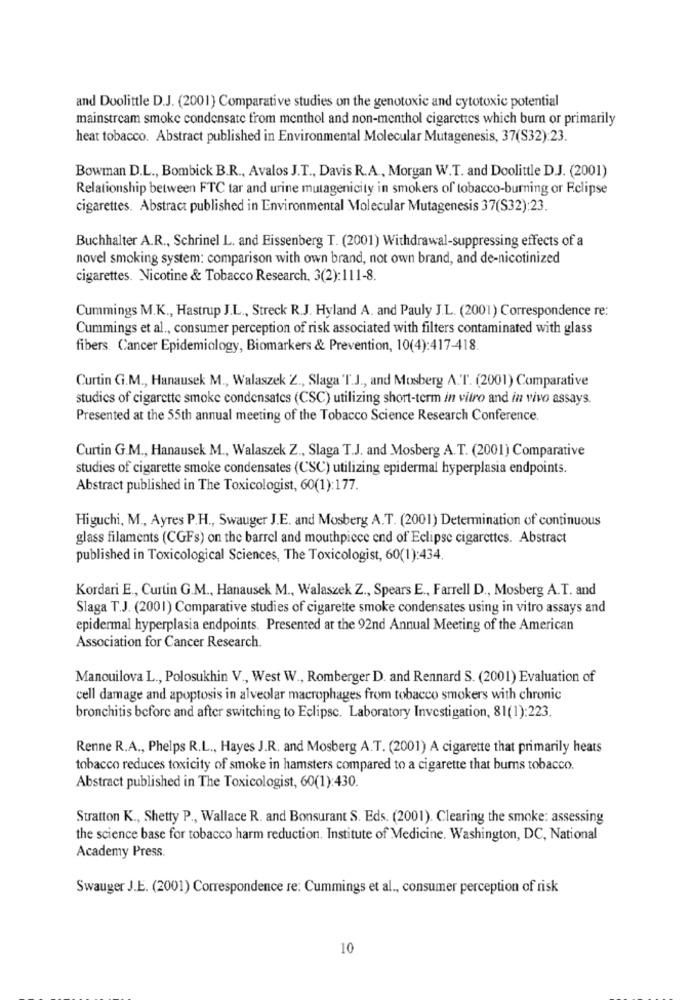
and Doolittle D.J. (2001) Comparative studies on the genotoxic and cytotoxic potential
mainstream smoke condensate from menthol and non-menthol cigarettes which bum or primarily
heat tobacco. Abstract published in Environmental Molecular Mutagenesis, 37(S32):23.
Bowman D.L ., Bombick B.R ., Avalos J.T ., Davis R.A ., Morgan W.T. and Doolittle D.J. (2001)
Relationship between FTC tar and urine mutagenicity in smokers of tobacco-burning or Eclipse
cigarettes. Abstract published in Environmental Molecular Mutagenesis 37(S32):23.
Buchhalter A.R ., Schrinel L. and Eissenberg T. (2001) Withdrawal-suppressing effects of a
novel smoking system: comparison with own brand, not own brand, and de-nicotinized
cigarettes. Nicotine & Tobacco Research, 3(2):111-8.
Cummings M.K ., Hastrup J.L ., Streck R.J. Hyland A. and Pauly J.L. (2001) Correspondence re:
Cummings et al ., consumer perception of risk associated with filters contaminated with glass
fibers. Cancer Epidemiology, Biomarkers & Prevention, 10(4):417-418.
Curtin G.M ., Hanausek M ., Walaszek Z ., Slaga T.J ., and Mosberg A.T. (2001) Comparative
studies of cigarette smoke condensates (CSC) utilizing short-term in vitro and in vivo assays.
Presented at the 55th annual meeting of the Tobacco Science Research Conference.
Curtin G.M ., Hanausek M ., Walaszek Z ., Slaga T.J. and Mosberg A.T. (2001) Comparative
studies of cigarette smoke condensates (CSC) utilizing epidermal hyperplasia endpoints.
Abstract published in The Toxicologist, 60(1):177.
Higuchi, M ., Ayres P.H ., Swauger J.E. and Mosberg A.T. (2001) Determination of continuous
glass filaments (CGFs) on the barrel and mouthpiece end of Eclipse cigarettes. Abstract
published in Toxicological Sciences, The Toxicologist, 60(1):434.
Kordari E ., Curtin G.M ., Hanausek M ., Walaszek Z ., Spears E ., Farrell D ., Mosberg A.T. and
Slaga T.J. (2001) Comparative studies of cigarette smoke condensates using in vitro assays and
epidermal hyperplasia endpoints. Presented at the 92nd Annual Meeting of the American
Association for Cancer Research.
Manouilova L ., Polosukhin V ., West W ., Romberger D. and Rennard S. (2001) Evaluation of
cell damage and apoptosis in alveolar macrophages from tobacco smokers with chronic
bronchitis before and after switching to Eclipse. Laboratory Investigation, 81(1):223.
Renne R.A ., Phelps R.L ., Hayes J.R. and Mosberg A.T. (2001) A cigarette that primarily heats
tobacco reduces toxicity of smoke in hamsters compared to a cigarette that bums tobacco.
Abstract published in The Toxicologist, 60(1):430.
Stratton K ., Shetty P ., Wallace R. and Bonsurant S. Eds. (2001). Clearing the smoke: assessing
the science base for tobacco harm reduction. Institute of Medicine. Washington, DC, National
Academy Press.
Swauger J.E. (2001) Correspondence re: Cummings et al ., consumer perception of risk
10